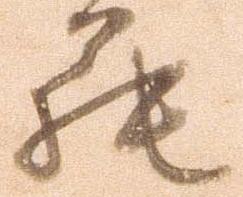
罷